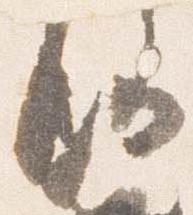
路